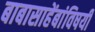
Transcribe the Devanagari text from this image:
बाबासाहेंबांविषयी